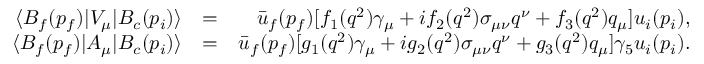
\begin{array} { r l r } { \langle { \cal B } _ { f } ( p _ { f } ) | V _ { \mu } | { \cal B } _ { c } ( p _ { i } ) \rangle } & { = } & { \bar { u } _ { f } ( p _ { f } ) [ f _ { 1 } ( q ^ { 2 } ) \gamma _ { \mu } + i f _ { 2 } ( q ^ { 2 } ) \sigma _ { \mu \nu } q ^ { \nu } + f _ { 3 } ( q ^ { 2 } ) q _ { \mu } ] u _ { i } ( p _ { i } ) , } \\ { \langle { \cal B } _ { f } ( p _ { f } ) | A _ { \mu } | { \cal B } _ { c } ( p _ { i } ) \rangle } & { = } & { \bar { u } _ { f } ( p _ { f } ) [ g _ { 1 } ( q ^ { 2 } ) \gamma _ { \mu } + i g _ { 2 } ( q ^ { 2 } ) \sigma _ { \mu \nu } q ^ { \nu } + g _ { 3 } ( q ^ { 2 } ) q _ { \mu } ] \gamma _ { 5 } u _ { i } ( p _ { i } ) . } \end{array}